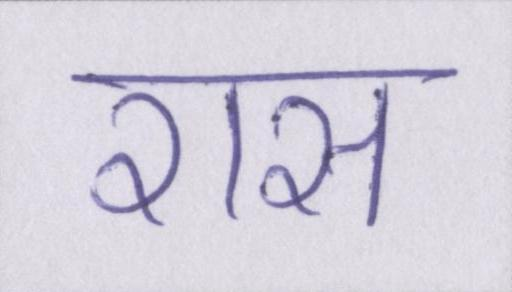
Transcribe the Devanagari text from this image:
रास